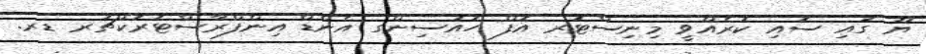
ޔޫ ގައި ސޮއި ކުރެއްވީ މިނިސްޓަރ އޮފް ހައުސިންގ އެންޑް އިންފްރާސްޓަރަކްޗަރ ޑރ.